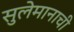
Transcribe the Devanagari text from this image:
सुलेमानाची